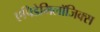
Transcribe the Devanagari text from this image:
एपिडेमिलॉजिक्स